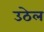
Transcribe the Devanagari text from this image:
उठेल